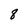
Character: 8